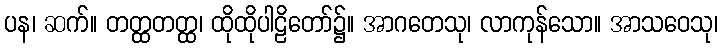
ပန၊ ဆက်။ တတ္ထတတ္ထ၊ ထိုထိုပါဠိတော်၌။ အာဂတေသု၊ လာကုန်သော။ အာသဝေသု၊